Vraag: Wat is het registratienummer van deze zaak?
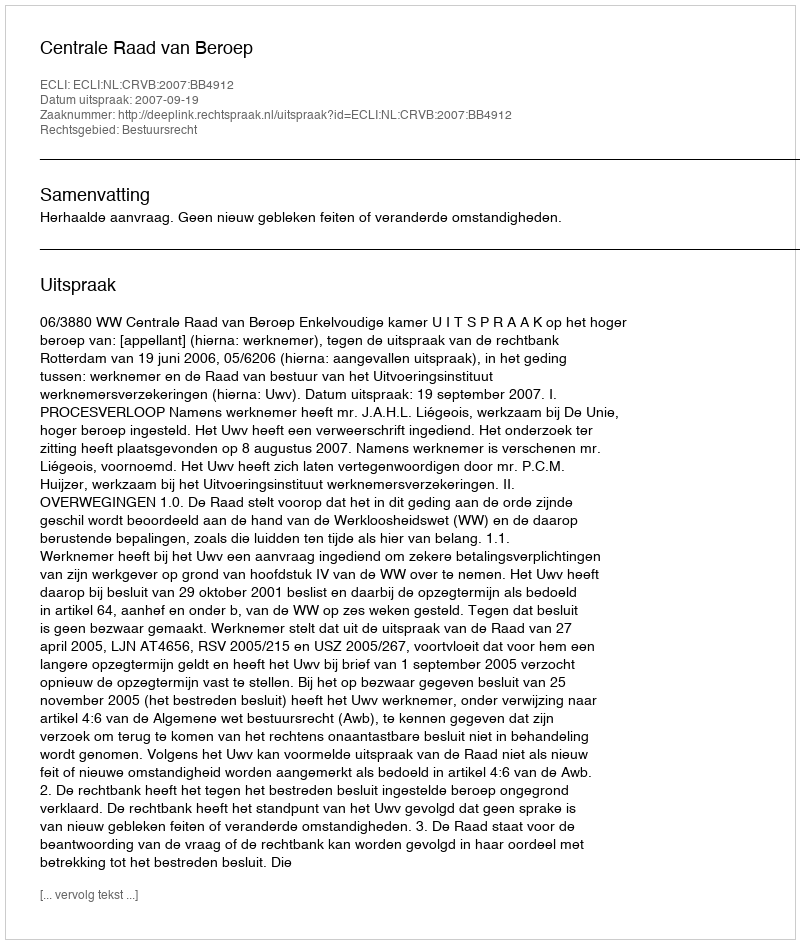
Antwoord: http://deeplink.rechtspraak.nl/uitspraak?id=ECLI:NL:CRVB:2007:BB4912